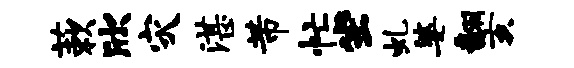
蔌欣灾湛芾忙坐虬婆翻亥